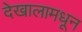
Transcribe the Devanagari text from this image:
देखालामधून